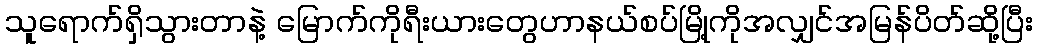
သူရောက်ရှိသွားတာနဲ့ မြောက်ကိုရီးယားတွေဟာနယ်စပ်မြို့ကိုအလျှင်အမြန်ပိတ်ဆို့ပြီး